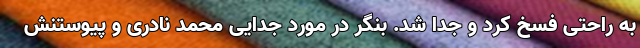
به راحتی فسخ کرد و جدا شد. بنگر در مورد جدایی محمد نادری و پیوستنش